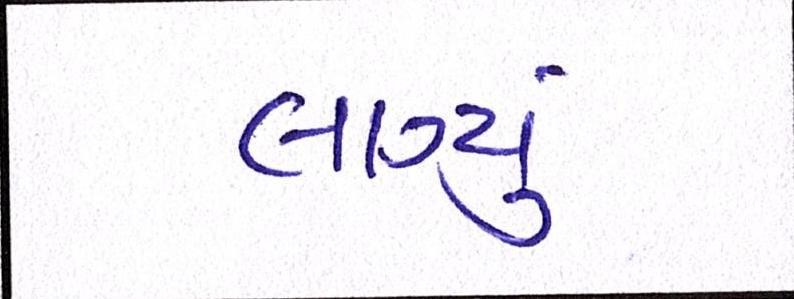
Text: લાગ્યું